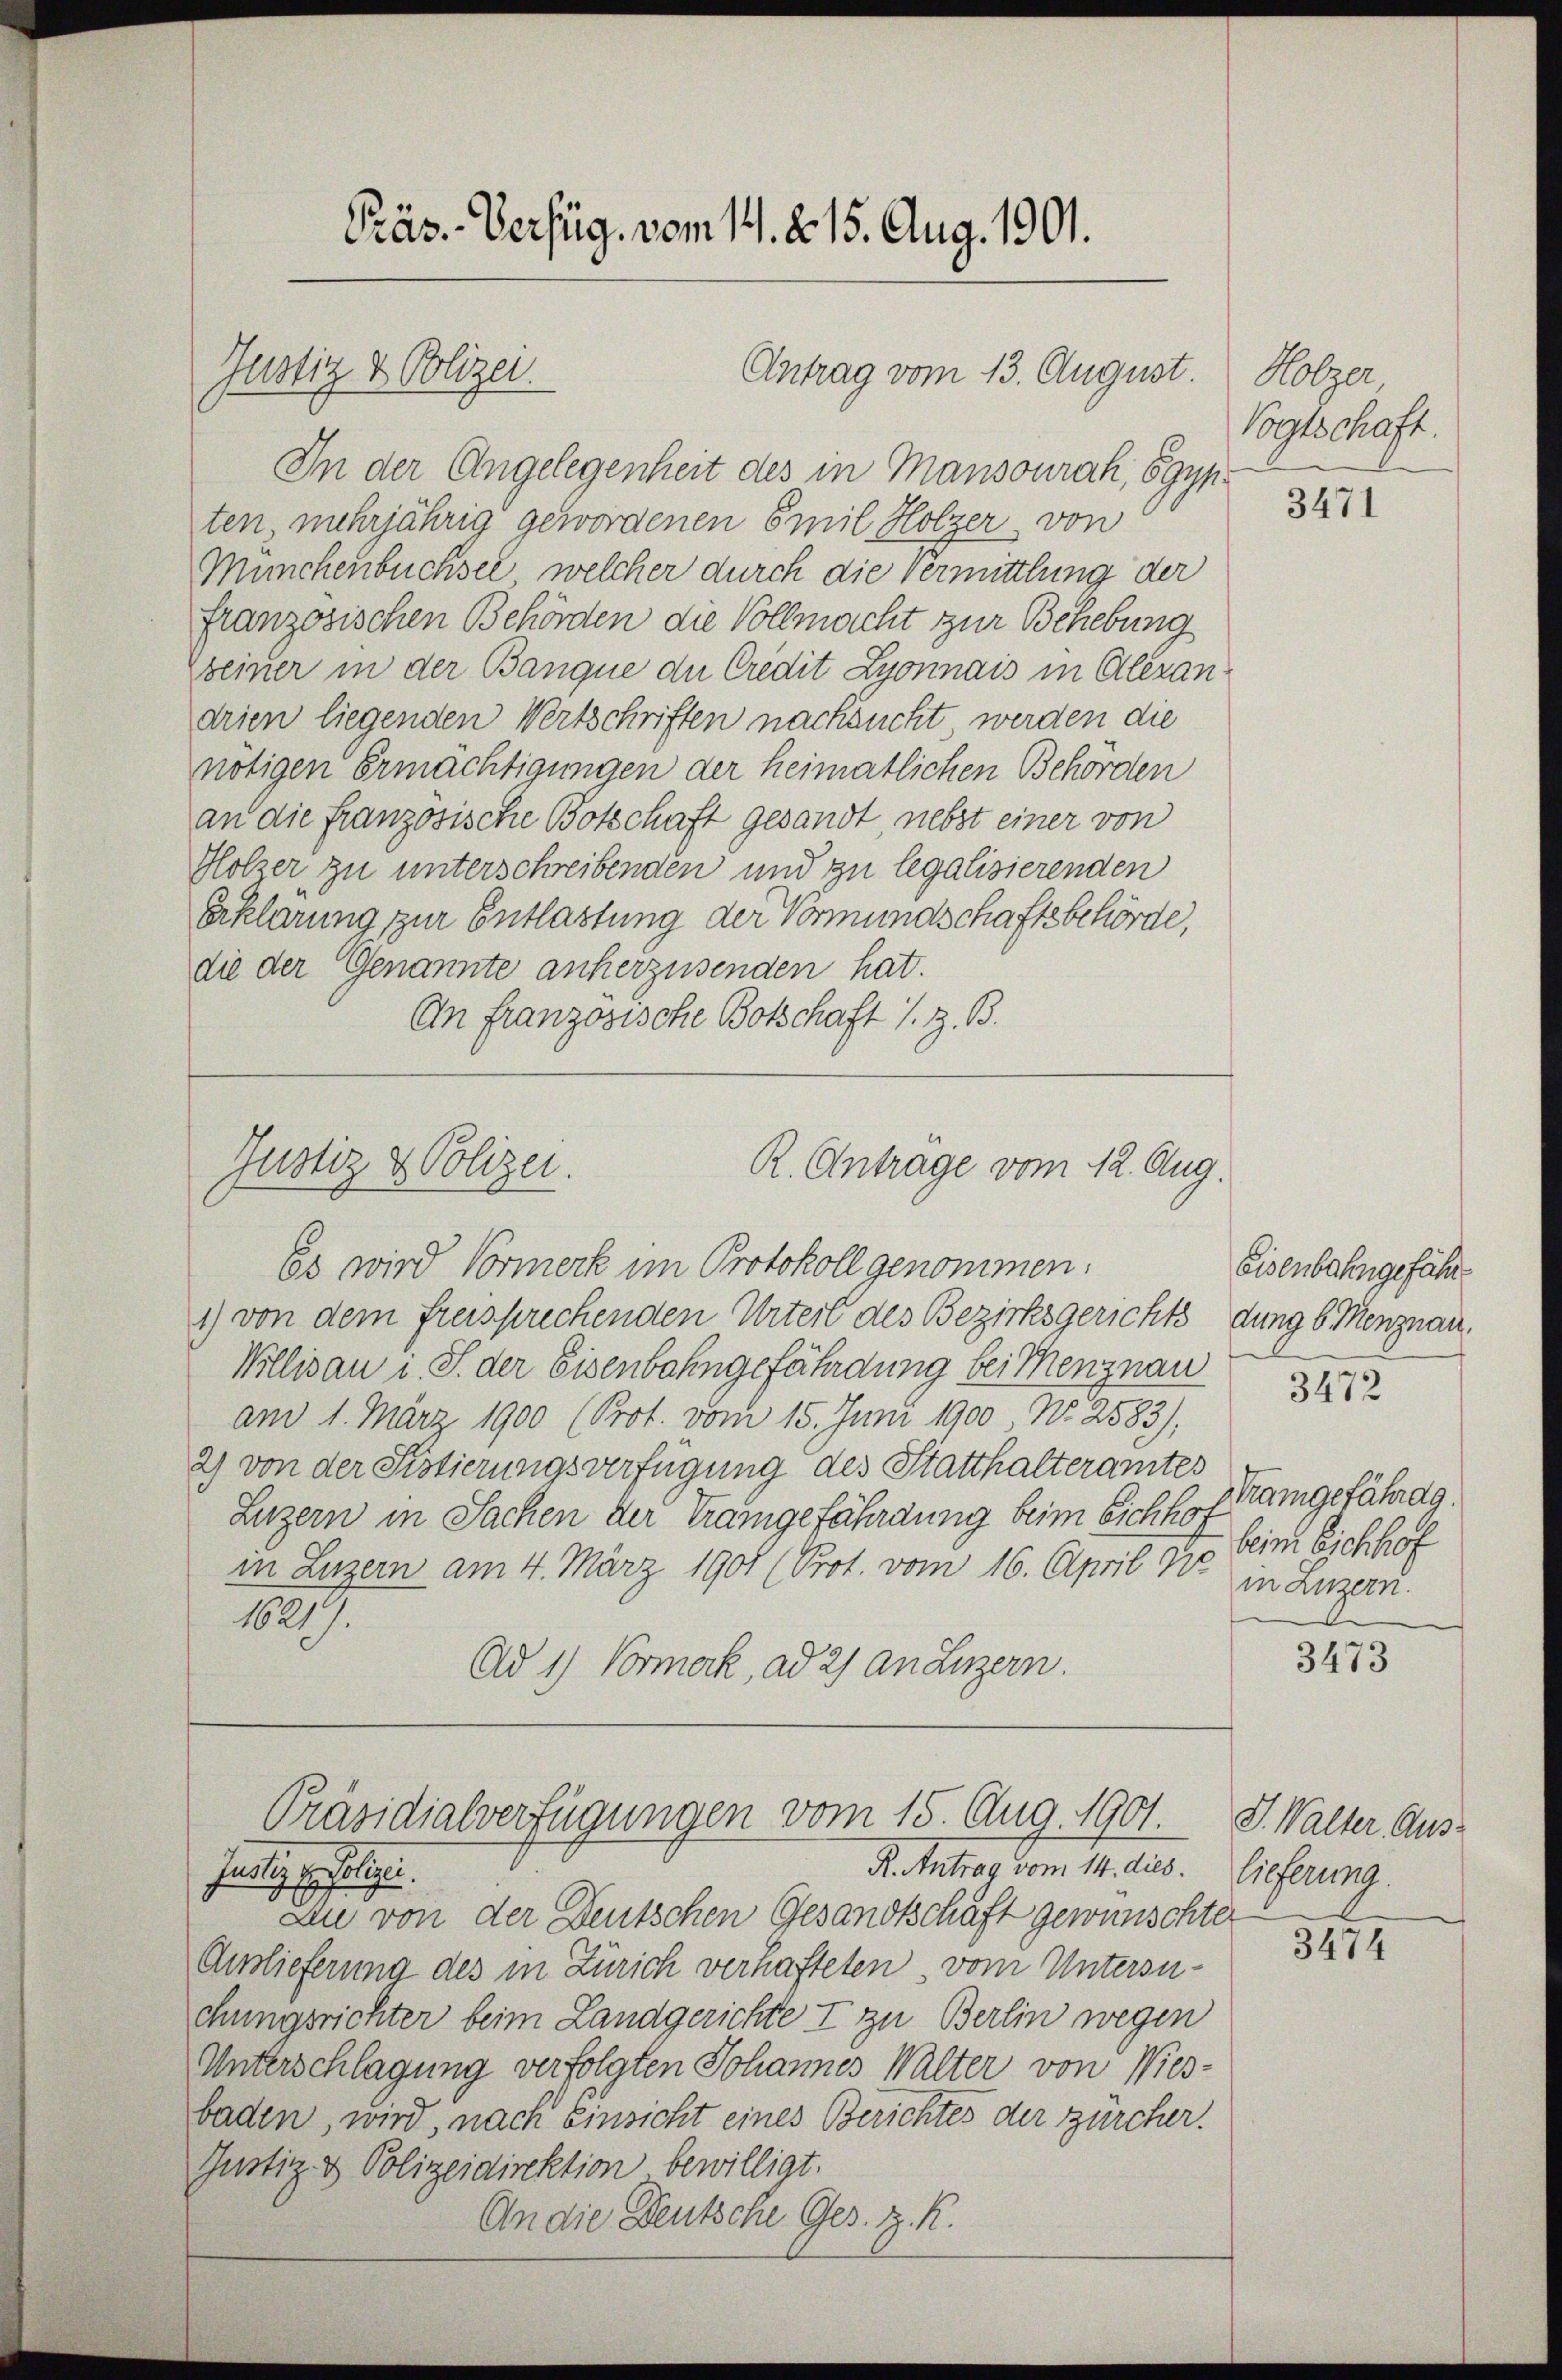
Präs. Verfüg, vom 11. d. 15. Aug. 1901.

Justiz & Polizei.

Justiz & Polizei.

Antrag vom 13. August

R. Antrage vom 12. Aug.
Es wird Vormerk im Protokoll genommen.
1) von dem freisprechenden Urteil des Bezirksgerichts dung b. Menznau.

In der Angelegenheit des in Mansourak, Egyp
ten, mehrjährig gewordenen Emil Holzer, von
Münchenbüchsel, welcher durch die Vermittlung der
französischen Behörden die Vollmacht zur Behebung
zbeiner in der Banque de Credit Lyonnais in Alexandrien liegenden Wertschriften nachsucht werden die
nötigen Ermächtigungen der heimatlichen Behörden
an die französische Botschaft gesandt nebst einer von
Holzer zu unterschreibenden und zu legalisierenden
Erklärung zur Entlastung der Vormundschaftsbehörde,
die der Genannte anherzusenden hat.
An Franzosische Botschaft s. Z. B.

Präsidialverfügungen vom 15. Aug. 1901. I. Walter Aus¬
R. Antrag vom 14. dies. Lieferung.
fudlig Erfolgen.

Willisau i. S. der Eisenbahngefährdung bei Menznau
am 1. März 1900 (Prot. vom 15. Juni 1900 No 2583),
2) von der Sistierungsverfügung des Statthalteramtes
Luzern in Sachen der Tramgefährdung beim Sich hof angefährag.
in Luzern am 4. März 1901 (Prot. vom 16. April N. in Luzern.
1621).
Ad 1) Vormerk, ad 2) an Luzern.

Zee von der Deutschen Gesandtschaft gewünschter
Auslieferung des in Zürich verhafteten , vom Untersuchungsrichter beim Landgerichte I zu Berlin wegen
Unterschlagung verfolgten Johannes Walter von Wies-
baden, wird, nach Einsicht eines Berichtes der zürcher.
Justiz- & Polizeidirektion bewilligt.
An die Deutsche Ges. z. R.

Hölzer
Vogtschaft.

3471

Eisenbahngefähr

3472

bein Eichhof

3473

3474